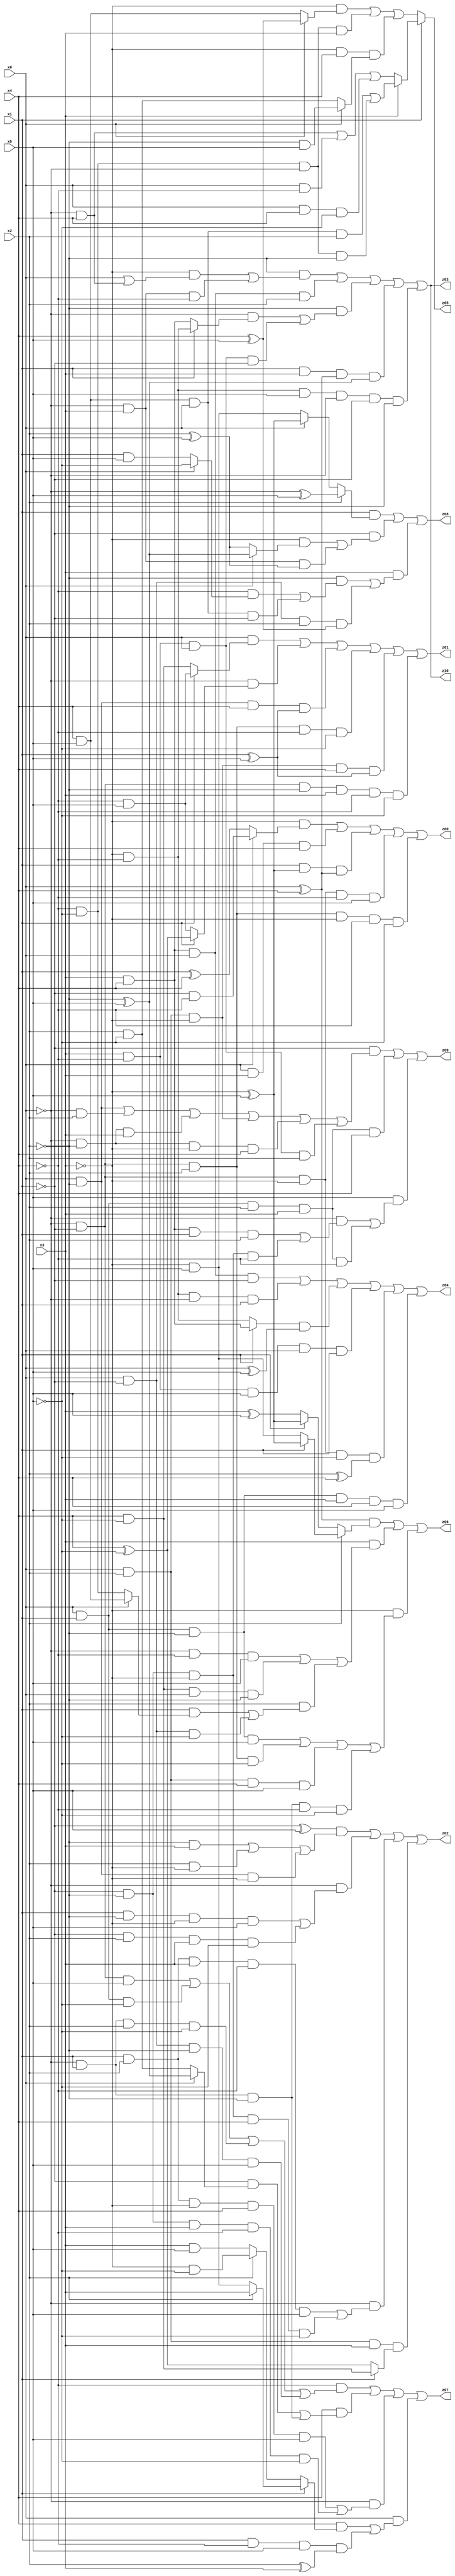
// Benchmark "X_62" written by ABC on Mon Jun 05 06:22:48 2023

module X_62 ( 
    x0, x1, x2, x3, x4, x5,
    z00, z01, z02, z03, z04, z05, z06, z07, z08, z09, z10  );
  input  x0, x1, x2, x3, x4, x5;
  output z00, z01, z02, z03, z04, z05, z06, z07, z08, z09, z10;
  assign z00 = (~x3 & (x0 ? (~x1 & ~x4) : (x1 ^ x4))) | (x0 & x3 & x4) | (x1 & (~x3 ^ x5) & (x0 ^ x4)) | (~x0 & ~x1 & ~x3 & ~x4 & x5) | (~x0 & ~x1 & x2 & ~x3 & ~x4 & ~x5);
  assign z01 = (x0 & (x1 ? (~x4 & x5) : (x4 & ~x5))) | (~x0 & (x1 ? (x4 ^ ~x5) : (~x4 & x5))) | (x0 & ~x2 & x4 & (x1 ^ x5)) | (~x0 & ~x1 & x2 & ~x4 & ~x5) | (x0 & x2 & ~x3 & x4 & (x1 ^ x5)) | (~x0 & ~x1 & ~x2 & x3 & ~x4 & ~x5);
  assign z02 = ((~x1 ^ x5) & ((~x2 & x3) | (x2 & ~x3) | (x0 & ~x2 & ~x3))) | (~x0 & ((x1 & ~x2 & ~x3 & x5) | (~x1 & x2 & x3 & ~x5))) | (~x0 & ((x1 & x2 & x3 & ~x4 & x5) | (~x1 & ~x2 & ~x3 & x4 & ~x5))) | (x0 & x2 & x3 & (x1 ? (x4 & ~x5) : (x4 ^ ~x5)));
  assign z03 = (~x2 & ((~x3 & (x0 | (~x0 & x4))) | (~x0 & x3 & ~x4))) | (x3 & x4 & x0 & x2) | (~x2 & ((~x0 & (x1 ? (~x3 & ~x4) : (x3 & x4))) | (x3 & ~x4 & x0 & ~x1))) | (x1 & x3 & (x0 ^ x4) & (~x2 ^ x5)) | (~x3 & ~x4 & x5 & ~x0 & ~x1 & ~x2);
  assign z04 = (x3 & x4 & x0 & ~x1) | (~x3 & ~x4 & ~x0 & x1) | ((x1 ? (x3 & x4) : (~x3 & ~x4)) & (x0 ^ x5)) | (x3 & ~x4 & x5 & x0 & x1) | (~x0 & ~x1 & ~x3 & ~x5 & (x2 ^ x4)) | (x0 & x1 & ~x2 & x3 & x4 & x5);
  assign z05 = x1 ? (x3 ? ((x4 & x5 & x0 & x2) | (~x4 & ~x5 & ~x0 & ~x2)) : ((~x0 & x4) | (x0 & ~x4) | (x0 & x4 & ~x5))) : ((~x3 & (x0 ? (x4 ^ x5) : (x4 & x5))) | (~x4 & ~x5 & ~x0 & x3) | (~x3 & x4 & (x0 ? (~x2 & x5) : (x2 & ~x5))));
  assign z06 = ((x0 ^ x4) & (x2 ? (x1 ? (~x3 ^ x5) : (~x3 & x5)) : (x1 ? (~x3 ^ x5) : (x3 ^ x5)))) | (x3 & ((~x0 & ~x4 & x5) | (x4 & ~x5 & x0 & ~x2) | (x2 & ((x1 & (x0 ? (x4 & x5) : (~x4 & ~x5))) | (x0 & ~x1 & ~x5))))) | (~x3 & ((x0 & x1 & ~x2 & x5) | (~x0 & ~x1 & x2 & ~x5) | (x0 & x2 & x4 & x5) | (~x0 & x1 & ~x2 & ~x4 & ~x5)));
  assign z07 = (~x4 & ((~x0 & ~x1 & x5) | (x0 & x1 & ~x5) | (~x0 & x1 & x2 & ~x5) | (x0 & ~x1 & ~x2 & x5))) | (x4 & ((~x1 & (x0 ? (~x2 ^ x5) : (x2 & ~x5))) | (~x0 & x1 & ~x2))) | (~x0 & ((x1 & x2 & ~x3 & x4 & x5) | (~x1 & ~x2 & x3 & ~x4 & ~x5))) | (x0 & ((x4 & (x1 ? (x2 ? x3 : (~x3 & x5)) : (x2 ? (~x3 & ~x5) : (x3 & x5)))) | (x1 & ~x4 & x5 & (x2 ^ x3))));
  assign z08 = (x1 & (x2 ? (~x0 ^ x5) : (x0 ? (~x3 ^ x5) : (~x3 & x5)))) | (~x1 & ((~x3 & (x0 ? (~x2 ^ x5) : (x2 ^ x5))) | (~x0 & x3 & (x2 ^ x5)))) | (x3 & ((~x2 & ((~x4 & (x0 ? ~x5 : (x1 & x5))) | (x4 & x5 & x0 & ~x1))) | (x0 & ~x1 & x2 & (x4 ^ x5))));
  assign z09 = (~x1 & ((x0 & ~x2) | (~x0 & x2) | (~x0 & ~x2 & x3) | (x0 & x2 & ~x3) | (~x0 & ~x2 & ~x3 & x4) | (x3 & ~x4 & x0 & x2))) | (x0 & x1 & x2 & x3 & x4) | (x5 & ((~x0 & ((x3 & x4 & x1 & x2) | (~x1 & ~x2 & ~x3 & ~x4))) | (x0 & x1 & x2 & x3 & ~x4)));
  assign z10 = (~x2 & ((~x3 & (x0 | (~x0 & x4))) | (~x0 & x3 & ~x4))) | (x3 & x4 & x0 & x2) | (~x2 & ((~x0 & (x1 ? (~x3 & ~x4) : (x3 & x4))) | (x3 & ~x4 & x0 & ~x1))) | (x1 & x3 & (x0 ^ x4) & (~x2 ^ x5)) | (~x3 & ~x4 & x5 & ~x0 & ~x1 & ~x2);
endmodule